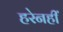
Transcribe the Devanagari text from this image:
हरेनहीं